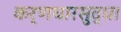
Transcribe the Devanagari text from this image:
कर्णधारसुद्धा